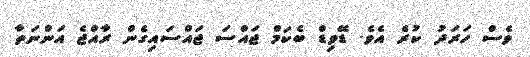
ވެސް ހަރަދު ކުރެ އެވެ. ޑޭވިޑް ބެކަމް ޖައްސަ ޖައްސައިގެން ރާއްޖެ އަންނަތާ